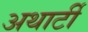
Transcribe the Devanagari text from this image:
अथार्टी